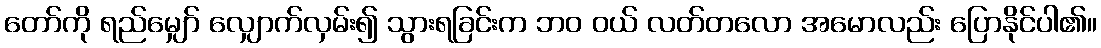
တော်ကို ရည်မျှော် လျှောက်လှမ်း၍ သွားရခြင်းက ဘဝ ဝယ် လတ်တလော အမောလည်း ပြောနိုင်ပါ၏။